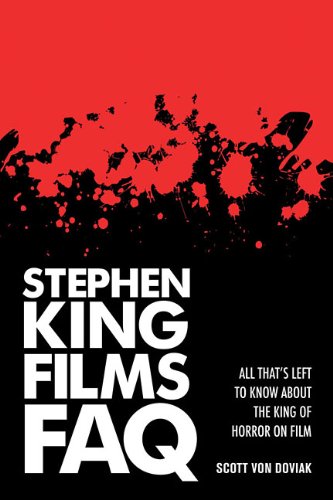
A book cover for Stephen King Films FAQ: All That's Left To Know About the King of Horror on Film (FAQ Series); Scott Von Doviak; Humor & Entertainment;